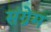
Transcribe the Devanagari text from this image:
संग्रेम